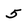
Character: 5